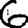
Digit: 6